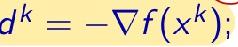
\[
d^{k}=-\nabla f(x^{k});
\]